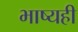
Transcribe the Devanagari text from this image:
भाष्यही